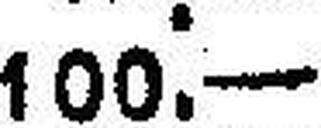
100.—